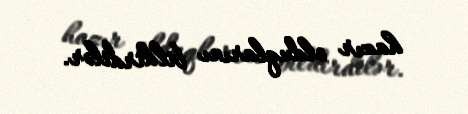
hazır olduqlarını bildirdilər.